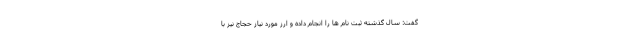
گفت: سال گذشته ثبت نام ها را انجام داده و ارز مورد نیاز حجاج نیز با